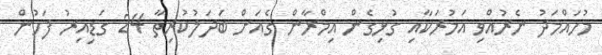
މުހައްމަދު ނެރުއްވި އަމުރަކާއި ގުޅިގެން އިމްރާން ގެއަށް ބަދަލުކުރިތާ 24 ގަޑިއިރު ފަހުން